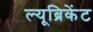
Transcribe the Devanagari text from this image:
ल्यूब्रिकेंट